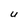
Character: U